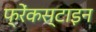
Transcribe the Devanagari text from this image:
फ्रेंकस्टाइन